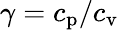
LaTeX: \gamma=c_{\mathrm{p}}/c_{\mathrm{v}}